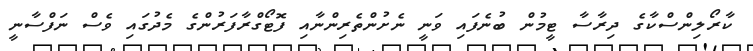
ކާރޯލިންސްކާގެ ދިރާސާ ޓީމުން ބުނެފައި ވަނީ ނެށުންތެރިންނާއި ފޮޓޯގްރާފަރުންގެ މެދުގައި ވެސް ނަފްސާނީ